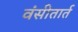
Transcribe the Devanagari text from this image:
वंसीतार्त